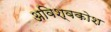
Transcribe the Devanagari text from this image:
अविश्वकोश